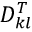
D _ { k l } ^ { T }